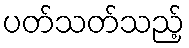
ပတ်သတ်သည့်